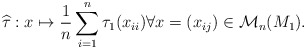
\begin{align*}\widehat{\tau}:x\mapsto\frac{1}{n}\sum_{i=1}^{n}\tau_{1}(x_{ii}) \forall x = (x_{ij}) \in \mathcal{M}_{n}(M_{1}).\end{align*}